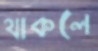
থাকলে